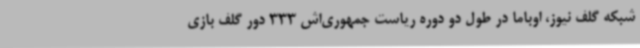
شبکه گلف نیوز، اوباما در طول دو دوره ریاست جمهوری‌اش 333 دور گلف بازی